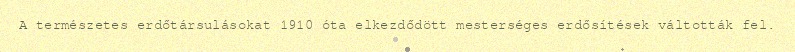
A természetes erdőtársulásokat 1910 óta elkezdődött mesterséges erdősítések váltották fel.